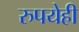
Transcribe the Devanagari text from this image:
रुपयेही